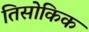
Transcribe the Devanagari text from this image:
तिसोकिक